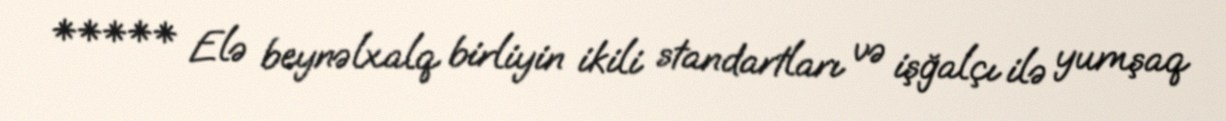
***** Elə beynəlxalq birliyin ikili standartları və işğalçı ilə yumşaq